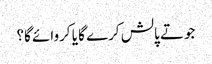
جوتے پالش کرے گا یا کروائے گا؟